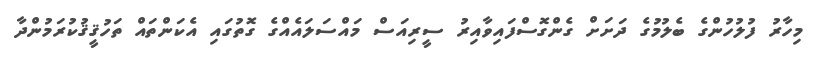
މިހާރު ފުލުހުންގެ ބެލުމުގެ ދަށަށް ގެންގޮސްފައިވާއިރު ސީރިއަސް މައްސަލައެއްގެ ގޮތުގައި އެކަންތައް ތަހުޤީޤުކުރަމުންދާ